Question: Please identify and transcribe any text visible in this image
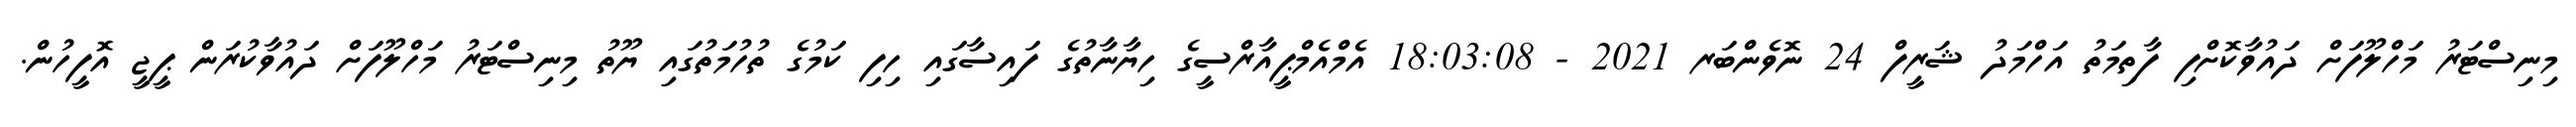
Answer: މިނިސްޓަރު މަހްލޫފަށް ދައުވާކޮށްފި ފާތިމަތު އަހްމަދު ޝަރީފް 24 ނޮވެންބަރ 2021 - 18:03:08 އެމްއެމްޕީއާރްސީގެ ހިޔާނާތުގެ ފައިސާގައި ހިފި ކަމުގެ ތުހުމަތުގައި ޔޫތު މިނިސްޓަރު މަހްލޫފަށް ދައުވާކުރަން ޕީޖީ އޮފީހުން.